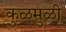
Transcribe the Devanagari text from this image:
कुळमुळी